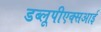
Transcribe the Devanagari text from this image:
डब्लूपीएक्सआई